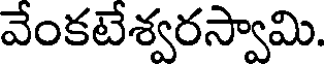
వేంకటేశ్వరస్వామి.